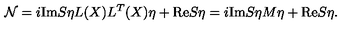
{ \cal N } = i \mathrm { I m } S \eta L ( X ) L ^ { T } ( X ) \eta + \mathrm { R e } S \eta = i \mathrm { I m } S \eta M \eta + \mathrm { R e } S \eta .